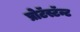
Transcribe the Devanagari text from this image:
प्रोटॅस्टॅन्ट